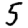
Digit: 5